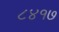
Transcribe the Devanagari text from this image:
८४१७